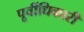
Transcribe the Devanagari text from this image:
पूर्वीधिकारी